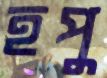
হপু